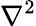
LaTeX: \nabla^{2}